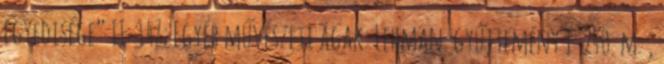
egyedisége” II 147; Egyéb művészeti ágak: Lehman-gyűjtemény I 240. m. ,